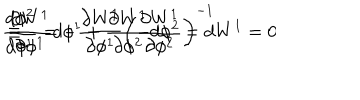
\frac { d \phi ^ { 2 } } { d \phi ^ { 1 } } = - \frac { \partial W ^ { 1 } } { \partial \phi ^ { 1 } } \left( \frac { \partial W ^ { 1 } } { \partial \phi ^ { 2 } } \right) ^ { - 1 } \hspace { 0 . 5 c m } \equiv \hspace { 0 . 5 c m } \frac { \partial W ^ { 1 } } { \partial \phi ^ { 1 } } d \phi ^ { 1 } + \frac { \partial W ^ { 1 } } { \partial \phi ^ { 2 } } d \phi ^ { 2 } = d W ^ { 1 } = 0